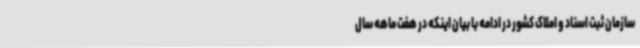
سازمان ثبت اسناد و املاک کشور در ادامه با بیان اینکه در هفت ماهه سال